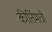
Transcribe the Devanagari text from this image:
कीर्तिमात्री